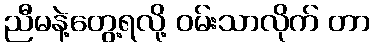
ညီမနဲ့တွေ့ရလို့ ဝမ်းသာလိုက် တာ